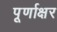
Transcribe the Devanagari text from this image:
पूर्णाक्षर